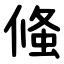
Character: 䖺